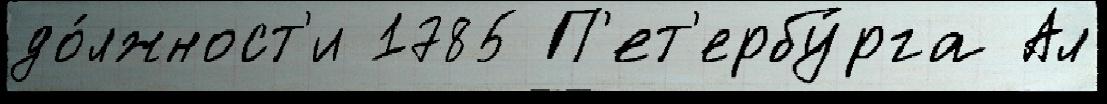
до́лжност'и 1785 П'ет'ербу́рга Ал